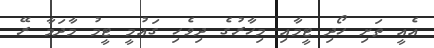
އެއީ ތަށި ހޯދި ޓީމާއި މިހާރުގެ ދިވެހި ގައުމީ ޓީމު މާދަމާ ރޭ